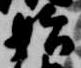
始